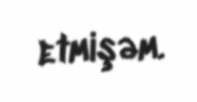
etmişəm.